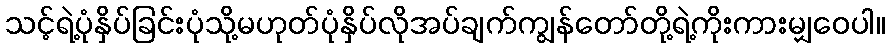
သင့်ရဲ့ပုံနှိပ်ခြင်းပုံသို့မဟုတ်ပုံနှိပ်လိုအပ်ချက်ကျွန်တော်တို့ရဲ့ကိုးကားမျှဝေပါ။